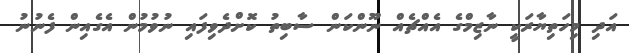
އަދި މިހަތިޔާރަކީ ނާޒިމްގެ އެއްޗެއް ނޫންކަން ސާބިތު ކޮށްދެވިފައި ނުވުމުން އެގެއިން ފެނުނު